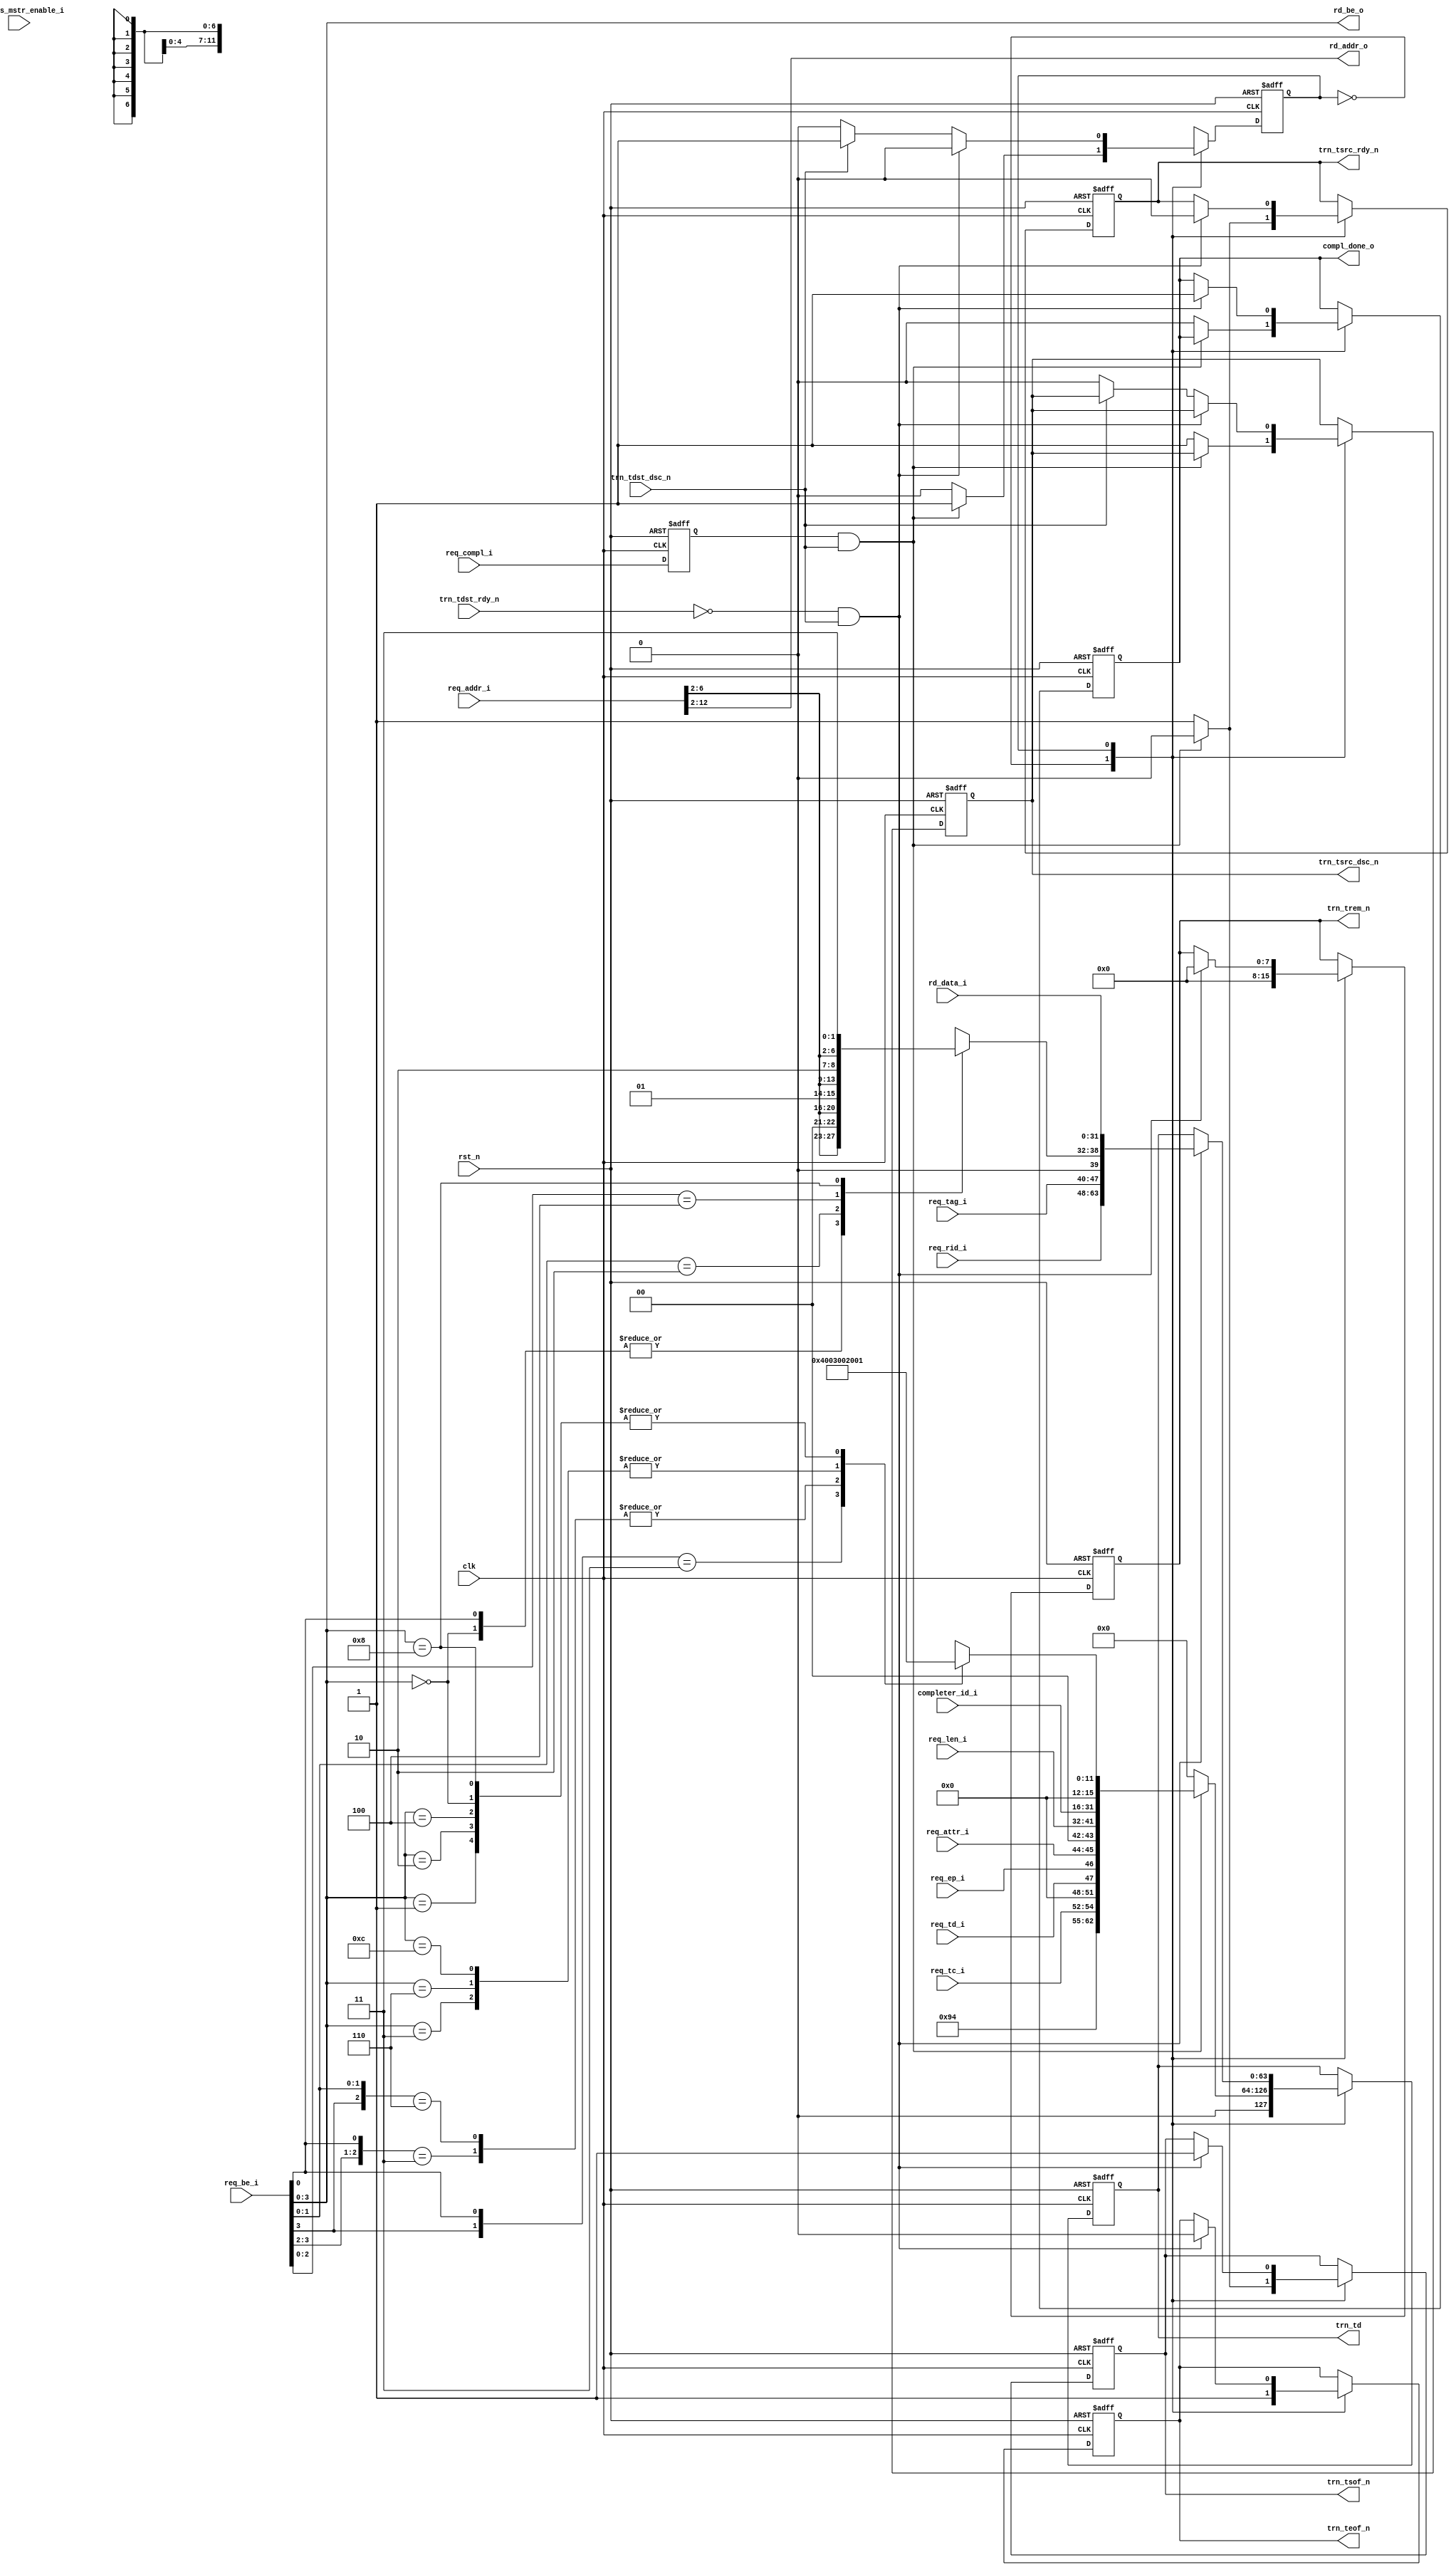

//--------------------------------------------------------------------------------
//--
//-- This file is owned and controlled by Xilinx and must be used solely
//-- for design, simulation, implementation and creation of design files
//-- limited to Xilinx devices or technologies. Use with non-Xilinx
//-- devices or technologies is expressly prohibited and immediately
//-- terminates your license.
//--
//-- Xilinx products are not intended for use in life support
//-- appliances, devices, or systems. Use in such applications is
//-- expressly prohibited.
//--
//--            **************************************
//--            ** Copyright (C) 2005, Xilinx, Inc. **
//--            ** All Rights Reserved.             **
//--            **************************************
//--
//--------------------------------------------------------------------------------
//-- Filename: PIO_64_TX_ENGINE.v
//--
//-- Description: 64 bit Local-Link Transmit Unit.
//--
//--------------------------------------------------------------------------------

`timescale 1ns/1ns

`define PIO_64_CPLD_FMT_TYPE 7'b10_01010

`define PIO_64_TX_RST_STATE  1'b0
`define PIO_64_TX_CPLD_QW1   1'b1

module PIO_64_TX_ENGINE    (

                        clk,
                        rst_n,

                        trn_td,
                        trn_trem_n,
                        trn_tsof_n,
                        trn_teof_n,
                        trn_tsrc_rdy_n,
                        trn_tsrc_dsc_n,
                        trn_tdst_rdy_n,
                        trn_tdst_dsc_n,

                        req_compl_i,
                        compl_done_o,

                        req_tc_i,     
                        req_td_i,
                        req_ep_i,
                        req_attr_i,
                        req_len_i,
                        req_rid_i,        
                        req_tag_i,
                        req_be_i,
                        req_addr_i,

                        // Read Access

                        rd_addr_o,
                        rd_be_o,
                        rd_data_i,

                        completer_id_i,
                        cfg_bus_mstr_enable_i

                        );

    input               clk;
    input               rst_n;

    output [63:0]       trn_td;
    output [7:0]        trn_trem_n;
    output              trn_tsof_n;
    output              trn_teof_n;
    output              trn_tsrc_rdy_n;
    output              trn_tsrc_dsc_n;
    input               trn_tdst_rdy_n;
    input               trn_tdst_dsc_n;

    input               req_compl_i;
    output              compl_done_o;

    input [2:0]         req_tc_i;
    input               req_td_i;
    input               req_ep_i;
    input [1:0]         req_attr_i;
    input [9:0]         req_len_i;
    input [15:0]        req_rid_i;
    input [7:0]         req_tag_i;
    input [7:0]         req_be_i;
    input [12:0]        req_addr_i;

    output [10:0]       rd_addr_o;
    output [3:0]        rd_be_o;
    input  [31:0]       rd_data_i;

    input [15:0]        completer_id_i;
    input               cfg_bus_mstr_enable_i;

    // Local registers

    reg [63:0]          trn_td;
    reg [7:0]           trn_trem_n;
    reg                 trn_tsof_n;
    reg                 trn_teof_n;
    reg                 trn_tsrc_rdy_n;
    reg                 trn_tsrc_dsc_n;

    reg [11:0]          byte_count;
    reg [06:0]          lower_addr;

    reg                 compl_done_o;
    reg                 req_compl_q;

    reg [0:0]           state;

    // Local wires

    /*
     * Present address and byte enable to memory module
     */

    assign rd_addr_o = req_addr_i[12:2];
    assign rd_be_o =   req_be_i[3:0];

    /*
     * Calculate byte count based on byte enable
     */

    always @ (rd_be_o) begin

      casex (rd_be_o[3:0])

        4'b1xx1 : byte_count = 12'h004;
        4'b01x1 : byte_count = 12'h003;
        4'b1x10 : byte_count = 12'h003;
        4'b0011 : byte_count = 12'h002;
        4'b0110 : byte_count = 12'h002;
        4'b1100 : byte_count = 12'h002;
        4'b0001 : byte_count = 12'h001;
        4'b0010 : byte_count = 12'h001;
        4'b0100 : byte_count = 12'h001;
        4'b1000 : byte_count = 12'h001;
        4'b0000 : byte_count = 12'h001;

      endcase

    end

    /*
     * Calculate lower address based on  byte enable
     */

    always @ (rd_be_o or req_addr_i) begin

      casex (rd_be_o[3:0])
      
        4'b0000 : lower_addr = {req_addr_i[6:2], 2'b00};
        4'bxxx1 : lower_addr = {req_addr_i[6:2], 2'b00};
        4'bxx10 : lower_addr = {req_addr_i[6:2], 2'b01};
        4'bx100 : lower_addr = {req_addr_i[6:2], 2'b10};
        4'b1000 : lower_addr = {req_addr_i[6:2], 2'b11};

      endcase

    end

    always @ ( posedge clk or negedge rst_n ) begin

        if (!rst_n ) begin

          req_compl_q <= 1'b0;

        end else begin 

          req_compl_q <= req_compl_i;

        end

    end

    /*
     *  Generate Completion with 1 DW Payload
     */

    always @ ( posedge clk or negedge rst_n ) begin

        if (!rst_n ) begin

          trn_tsof_n        <= 1'b1;
          trn_teof_n        <= 1'b1;
          trn_tsrc_rdy_n    <= 1'b1;
          trn_tsrc_dsc_n    <= 1'b1;
          trn_td            <= 64'b0;
          trn_trem_n        <= 8'b0;

          compl_done_o      <= 1'b0;

          state             <= `PIO_64_TX_RST_STATE;

        end else begin 


          case ( state )

            `PIO_64_TX_RST_STATE : begin

              if (req_compl_q && trn_tdst_dsc_n) begin

                trn_tsof_n       <= 1'b0;
                trn_teof_n       <= 1'b1;
                trn_tsrc_rdy_n   <= 1'b0;
                trn_td           <= { {1'b0}, 
                                      `PIO_64_CPLD_FMT_TYPE,
                                      {1'b0}, 
                                      req_tc_i,
                                      {4'b0}, 
                                      req_td_i,
                                      req_ep_i, 
                                      req_attr_i,
                                      {2'b0}, 
                                      req_len_i,
                                      completer_id_i, 
                                      {3'b0},
                                      {1'b0}, 
                                      byte_count };
                trn_trem_n        <= 8'b0;

                state             <= `PIO_64_TX_CPLD_QW1;

              end else begin

                trn_tsof_n        <= 1'b1;
                trn_teof_n        <= 1'b1;
                trn_tsrc_rdy_n    <= 1'b1;
                trn_tsrc_dsc_n    <= 1'b1;
                trn_td            <= 64'b0;
                trn_trem_n        <= 8'b0;
                compl_done_o      <= 1'b0;

                state             <= `PIO_64_TX_RST_STATE;

              end

            end

            `PIO_64_TX_CPLD_QW1 : begin

              if ((!trn_tdst_rdy_n) && (trn_tdst_dsc_n)) begin

                trn_tsof_n       <= 1'b1;
                trn_teof_n       <= 1'b0;
                trn_tsrc_rdy_n   <= 1'b0;
                trn_td           <= { req_rid_i,
                                      req_tag_i, 
                                      {1'b0},
                                      lower_addr,
                                      rd_data_i };
                trn_trem_n        <= 8'h00;
                compl_done_o      <= 1'b1;

                state             <= `PIO_64_TX_RST_STATE;

              end else if (!trn_tdst_dsc_n) begin

                state             <= `PIO_64_TX_RST_STATE;
                trn_tsrc_dsc_n    <= 1'b0;

              end else
                state             <= `PIO_64_TX_CPLD_QW1;

            end

          endcase

        end

    end

endmodule // PIO_64_TX_ENGINE